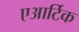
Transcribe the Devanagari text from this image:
एआर्टिक